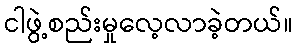
ငါဖွဲ့စည်းမှုလေ့လာခဲ့တယ်။